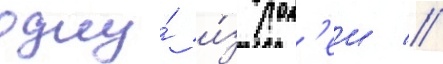
одну́ и́з рол'еи //